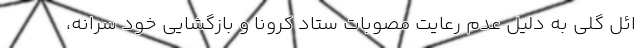
ائل گلی به دلیل عدم رعایت مصوبات ستاد کرونا و بازگشایی خود سرانه،